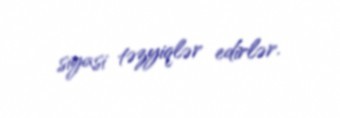
siyasi təzyiqlər edirlər.